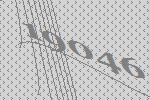
19046